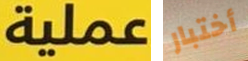
عملية أختبار